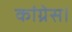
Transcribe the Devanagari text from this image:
कांग्रेस।